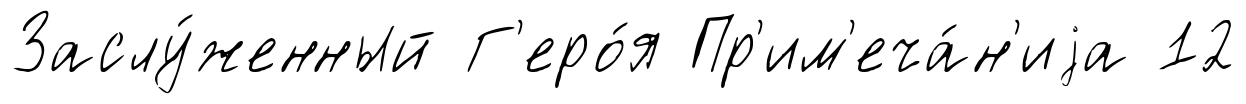
Заслу́женный Г'еро́я Пр'им'еча́н'иjа 12